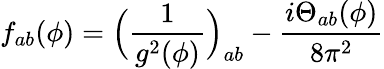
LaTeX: f_{ab}(\phi)=\Big(\frac{1}{g^{2}(\phi)}\Big)_{ab}-\frac{i\mathrm{\Theta}_{ab}(\phi)}{8\pi^{2}}